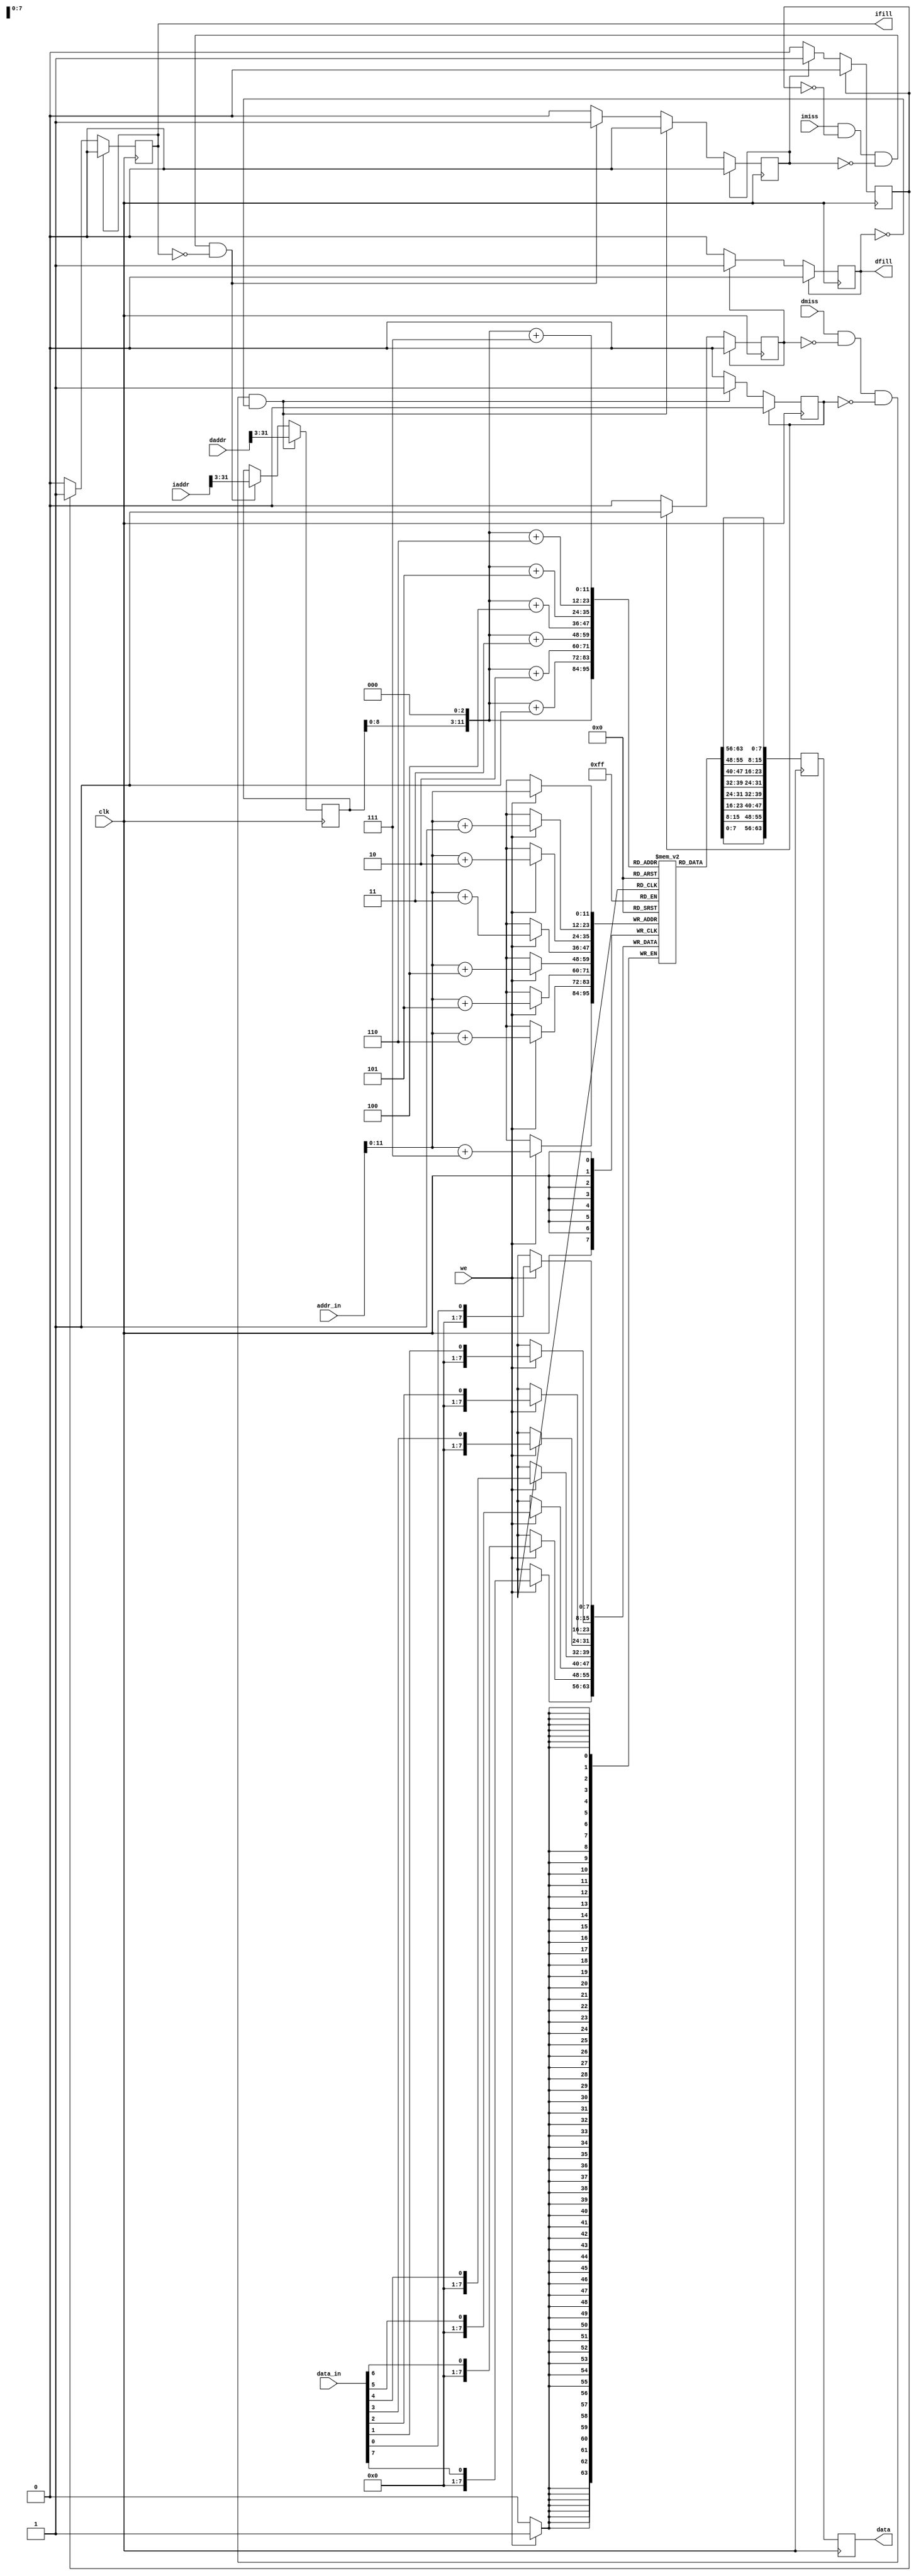
module memory(
  input clk, 
  
  input [31:0] iaddr,
  input [31:0] daddr,
  input imiss,
  input dmiss,

  output [63:0] data, 
  output ifill, 
  output dfill,

  input[63:0] data_in,
  input we,
  input[31:0] addr_in
);

  reg tmpdf0, tmpdf1, tmpdf2;
  reg tmpif0, tmpif1, tmpif2;
  reg[63:0] tmpd1, tmpd2;
  reg[31:0] arq;
  
  reg [7:0]bytes [2048:0];

  assign data = tmpd2;
  assign ifill = tmpif2;
  assign dfill = tmpdf2;

  always @(posedge clk)
  // Write register.
  begin
    if(we) begin
      bytes[addr_in] <= data_in[0];
      bytes[addr_in+1] <= data_in[1];  
      bytes[addr_in+2] <= data_in[2];  
      bytes[addr_in+3] <= data_in[3]; 
      bytes[addr_in+4] <= data_in[4]; 
      bytes[addr_in+5] <= data_in[5]; 
      bytes[addr_in+6] <= data_in[6]; 
      bytes[addr_in+7] <= data_in[7]; 
    end

    if(dmiss & !tmpdf1 & !tmpdf0 & !tmpdf2) begin
      arq[31:3] <= daddr[31:3];
      tmpdf0 <= 1;
    end
    else if(imiss & !tmpif1 & !tmpif0 & !tmpif2) begin
      arq[31:3] <= iaddr[31:3];
      tmpif0 <= 1;
    end

    
    tmpd1[7:0] <= bytes[arq];    
    tmpd1[15:8] <= bytes[arq+1];
    tmpd1[23:16] <= bytes[arq+2];
    tmpd1[31:24] <= bytes[arq+3];
    tmpd1[39:32] <= bytes[arq+4];
    tmpd1[47:40] <= bytes[arq+5];
    tmpd1[55:48] <= bytes[arq+6];
    tmpd1[63:56] <= bytes[arq+7];
    tmpd2 <= tmpd1;

    if(tmpif0) begin
      tmpif1 <= tmpif0;
      tmpif0 <= 0;
    end
    if(tmpif1) begin
      tmpif2 <= tmpif1;
      tmpif1 <= 0;
    end
    if(tmpdf0) begin
      tmpdf1 <= tmpdf0;
      tmpdf0 <= 0;
    end
    if(tmpdf1) begin
      tmpdf2 <= tmpdf1;
      tmpdf1 <= 0;
    end
    if(tmpdf2) begin
      tmpdf2 <= 0;
    end
    if(tmpif2) begin
      tmpif2 <= 0;
    end

  end

  initial begin
    arq <= 0;
    tmpd1 <= 0;
    tmpd2 <= 0;
    tmpdf0 <= 0;
    tmpdf1 <= 0; 
    tmpdf2 <= 0;
    tmpif1 <= 0; 
    tmpif2 <= 0;
    tmpif0 <= 0;
    arq <= 32'd0;
  end
endmodule